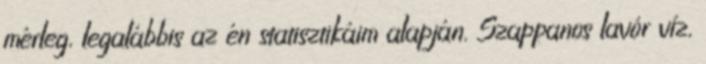
mérleg, legalábbis az én statisztikáim alapján. Szappanos lavór víz,